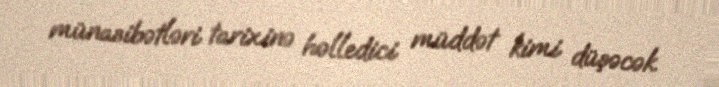
münasibətləri tarixinə həlledici müddət kimi düşəcək.